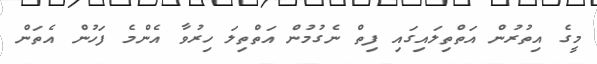
މީގެ އިތުރުން އަތްތިލައިގައި ފިތް ނެގުމުން އަތްތިލަ ހިރުވާ އެންމެ ފަހުން އެތަން